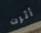
أثرت